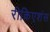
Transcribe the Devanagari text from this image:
रीक्रिएशंस